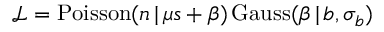
\mathscr { L } = \mathrm { P o i s s o n } ( n \, | \, \mu s + \beta ) \, \mathrm { G a u s s } ( \beta \, | \, b , \sigma _ { b } )